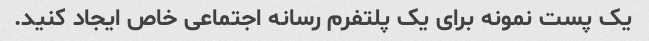
یک پست نمونه برای یک پلتفرم رسانه اجتماعی خاص ایجاد کنید.